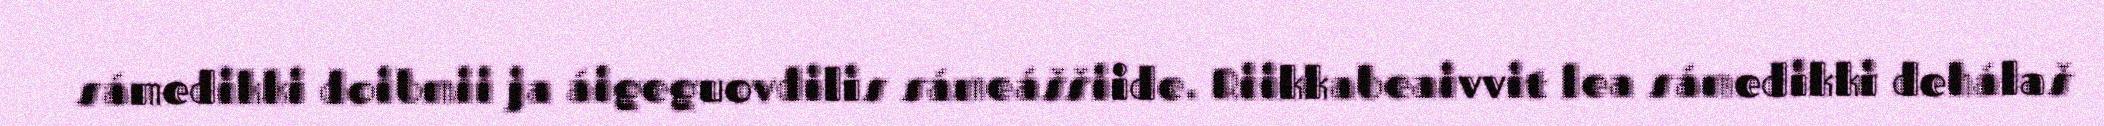
sámedikki doibmii ja áigeguovdilis sámeáššiide. Riikkabeaivvit lea sámedikki dehálaš